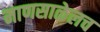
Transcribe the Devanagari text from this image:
माणसाळेलच